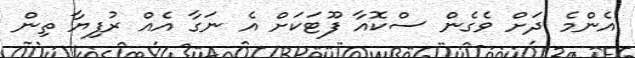
އެންމެ ދަށް ވެގެން ސްކޮއާ ފޫޓަކަށް އެ ނަގާ އެއް ރުފިޔާ ތިން